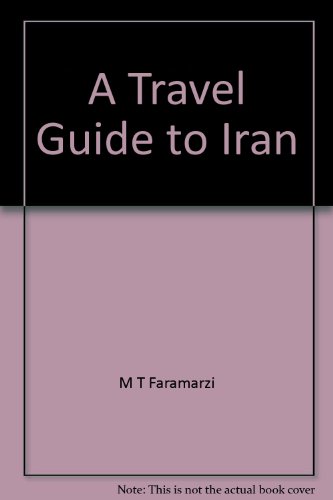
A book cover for A TRAVEL GUIDE TO IRAN; Travel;